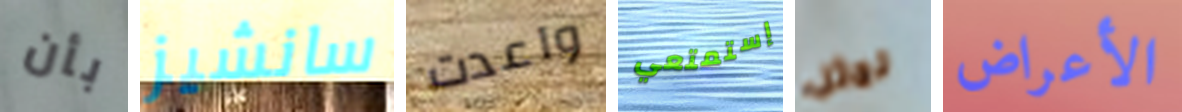
بأن سانشيز واعدت إستمتعي نمثل الأعراض